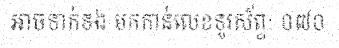
អាចទាក់ទង មកកាន់លេខទូរស័ព្ទ: ០៧០